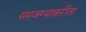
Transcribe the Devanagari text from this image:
समजण्याकरीता